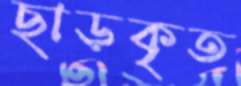
ছাড়কৃত